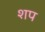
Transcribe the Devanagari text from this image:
शप